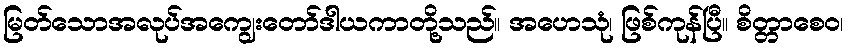
မြတ်သောအလုပ်အကျွေးတော်ဒါယကာတို့သည်။ အဟေသုံ၊ ဖြစ်ကုန်ပြီ။ စိတ္တာစေဝ၊